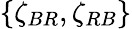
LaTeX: \{ \zeta_{BR},\zeta_{RB}\}